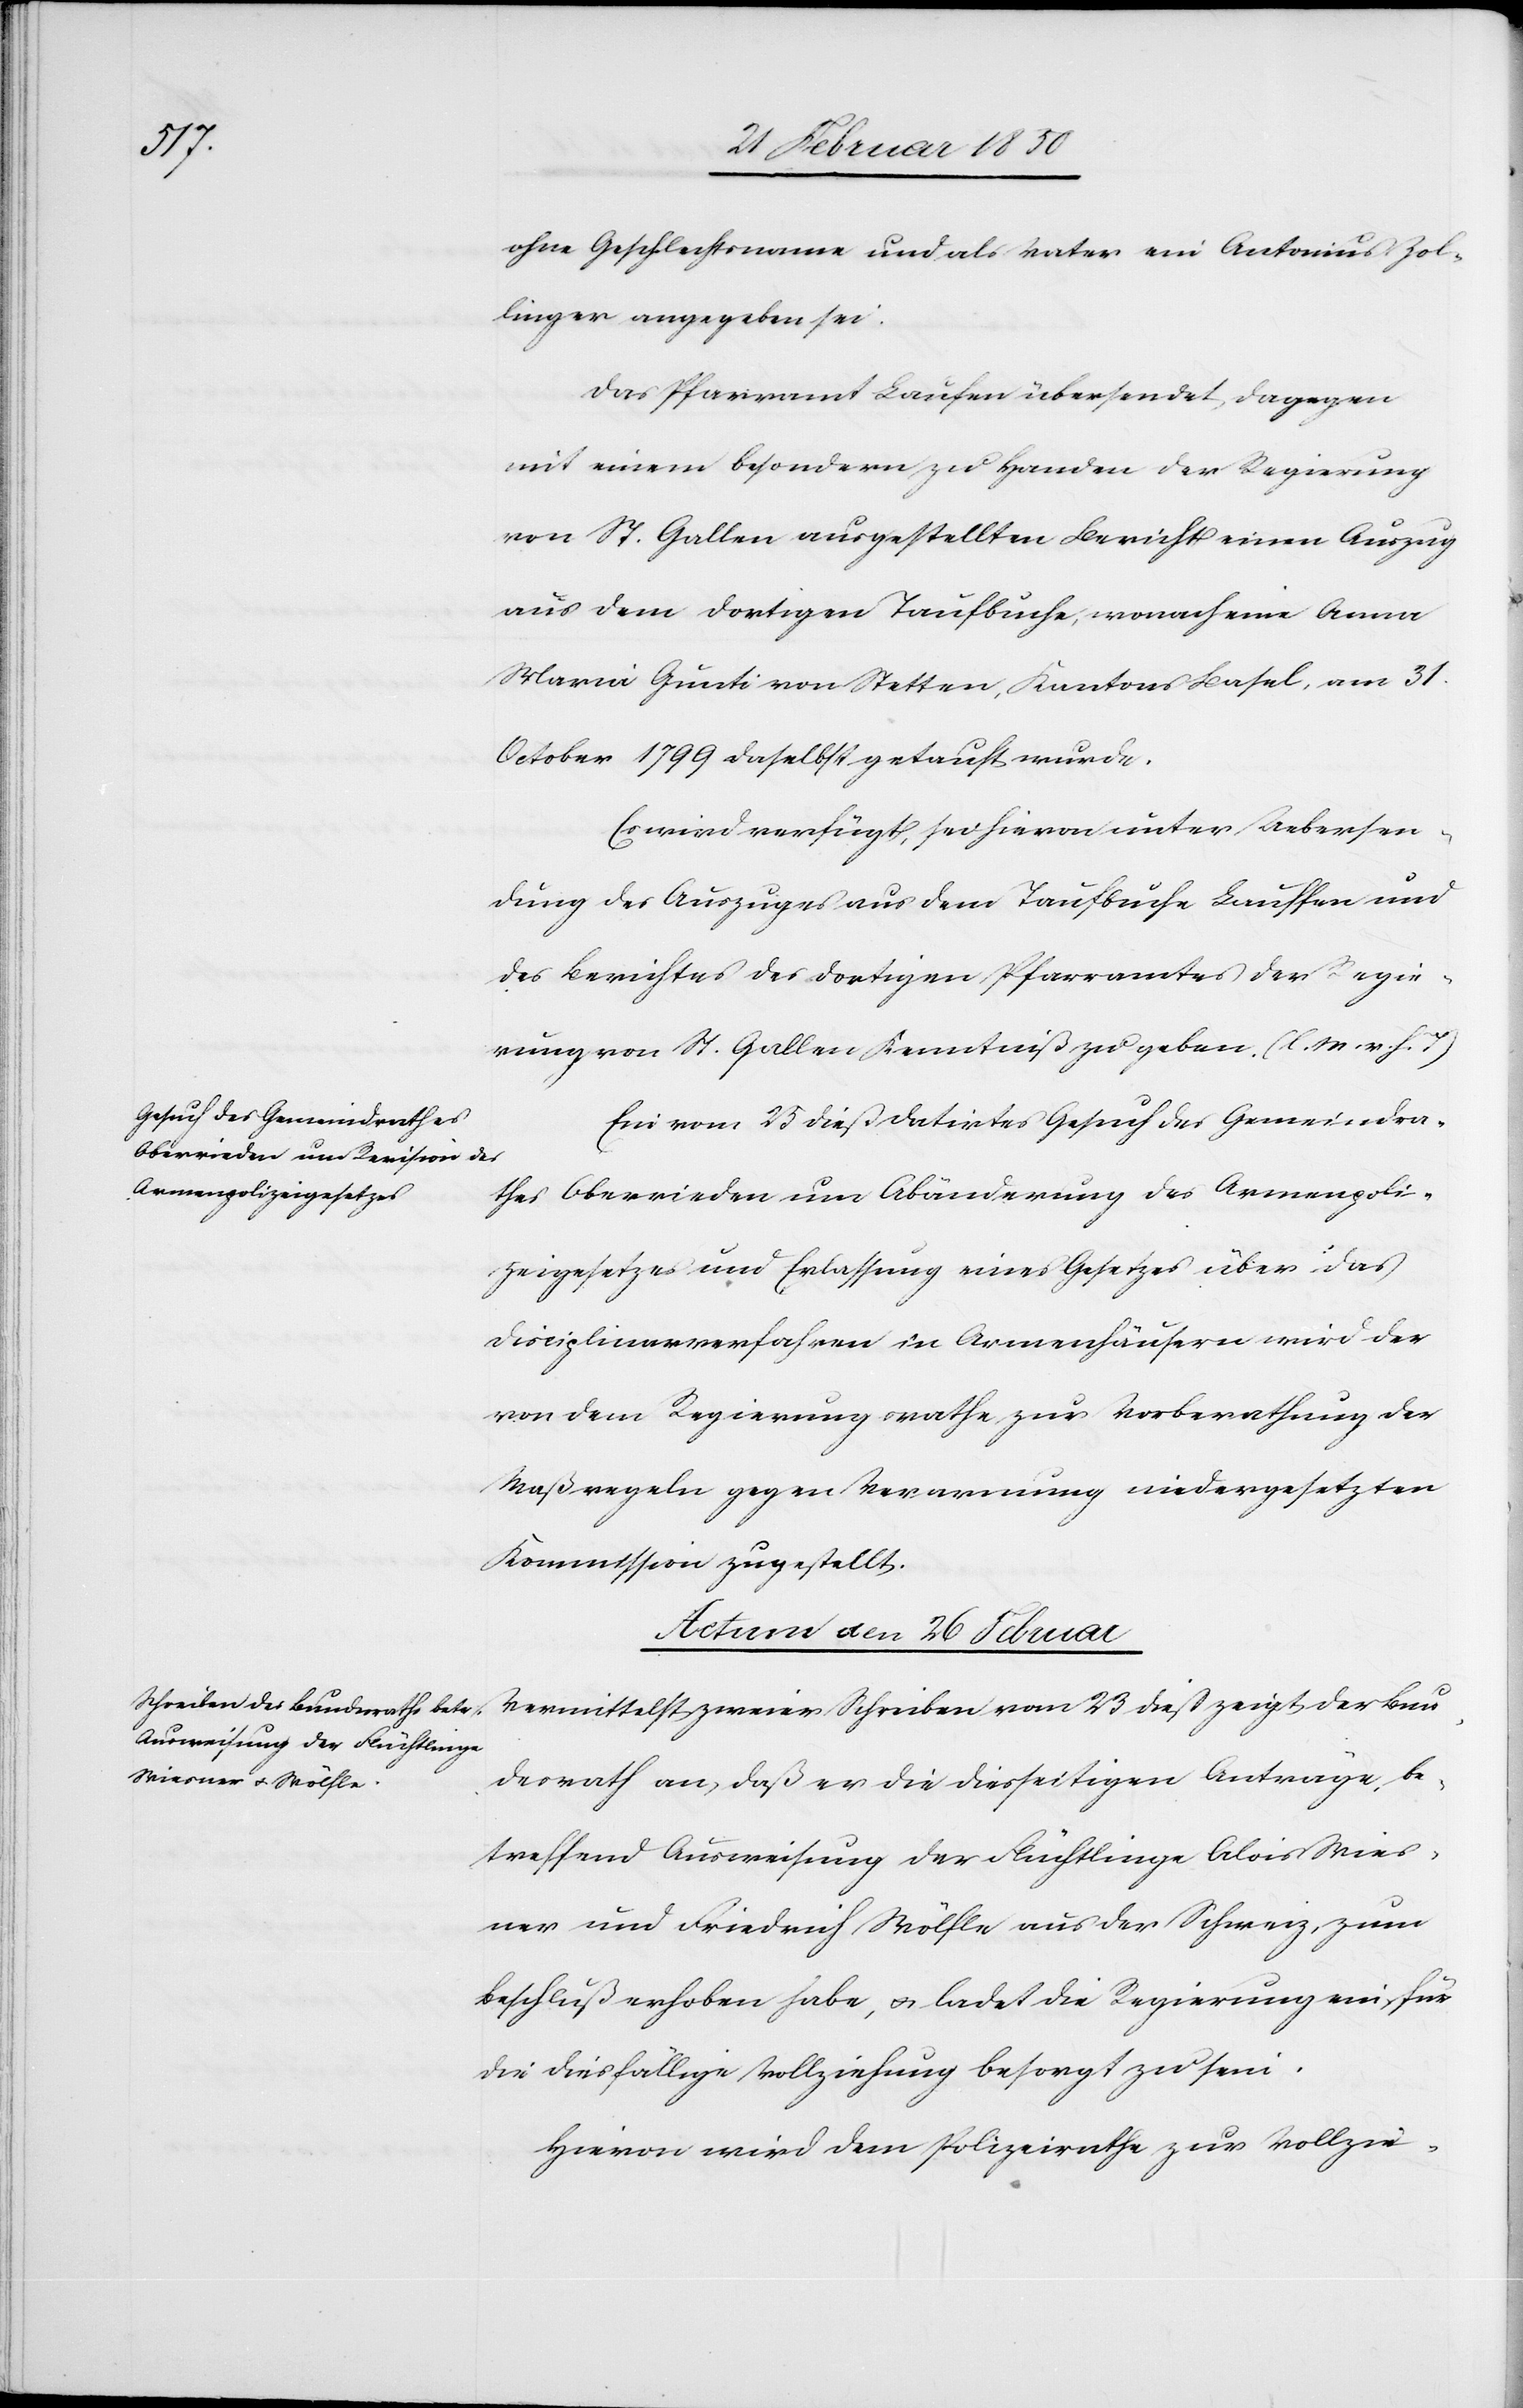
ohne Geschlechtsname und als Vater ein Antonius Zol¬
linger angegeben sei.
Das Pfarramt Laufen übersendet dagegen
mit einem besondern zu Handen der Regierung
von St. Gallen ausgestellten Bericht einen Auszug
aus dem dortigen Taufbuche, wonach eine Anna
Maria Gunti von Stetten, Kantons Basel, am 31.
October 1799 daselbst getauft wurde.
Es wird verfügt, sei hievon unter Uebersen¬
dung des Auszuges aus dem Taufbuche Lauffen und
des Berichtes des dortigen Pfarramtes der Regie¬
rung von St. Gallen Kenntniß zu geben. (l. M. v. h. T.)
Ein vom 25 dieß datirtes Gesuch des Gemeindra¬
thes Oberrieden um Abänderung des Armenpoli¬
zeigesetzes und Erlassung eines Gesetzes über das
Disciplinarverfahren in Armenhäusern wird der
von dem Regierungsrathe zur Vorberathung der
Maßregeln gegen Verarmung niedergesetzten
Kommission zugestellt.
Actum den 26 Februar
Vermittelst zweier Schreiben vom 23 dieß zeigt der Bun¬
desrath an, daß er die diesseitigen Anträge, be¬
treffend Ausweisung der Flüchtlinge Alois Wies¬
ner und Friedrich Wölfle aus der Schweiz, zum
Beschluß erhoben habe, u. ladet die Regierung ein für
die diesfällige Vollziehung besorgt zu sein.
Hievon wird dem Polizeirathe zur Vollzie-